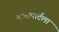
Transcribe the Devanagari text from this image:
बोनापार्टला